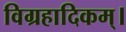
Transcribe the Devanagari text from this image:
विग्रहादिकम्।